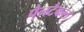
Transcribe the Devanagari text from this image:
पैनटैकल